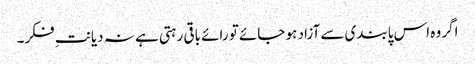
اگر وہ اس پابندی سے آزاد ہو جائے تو رائے باقی رہتی ہے نہ دیانتِ فکر۔